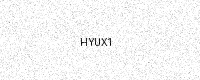
Text: HYUX1